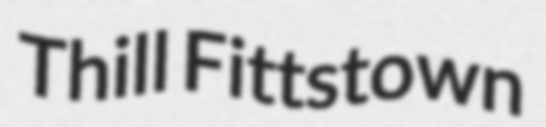
Thill Fittstown